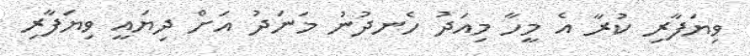
ވިޔަފާރި ކުރާ އެ މީހާ މިއަދު ހެނދުނު މަނަދު އަށް ދިޔައީ ވިޔަފާރި